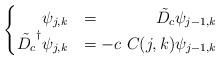
LaTeX: \begin{align*}\begin{cases}\phantom{\tilde{D_c}^\dagger}\psi_{j,k}&=\phantom{tC(j,k)}\tilde{D_c}\psi_{j-1,k}\\\tilde{D_c}^\dagger\psi_{j,k}&= -c\ C(j,k) \psi_{j-1,k}\end{cases}\end{align*}